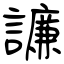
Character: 譧